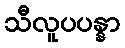
သီလူပပန္နာ